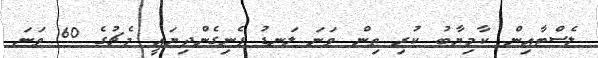
ލެސްޓާއިން ކާމިޔާބު ކުރި ތިން ވަނަ ލަނޑު ފެނިގެންދިޔައީ މެޗުގެ 60 ވަނަ